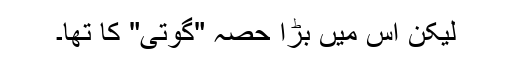
لیکن اس میں بڑا حصہ "گوتی" کا تھا۔